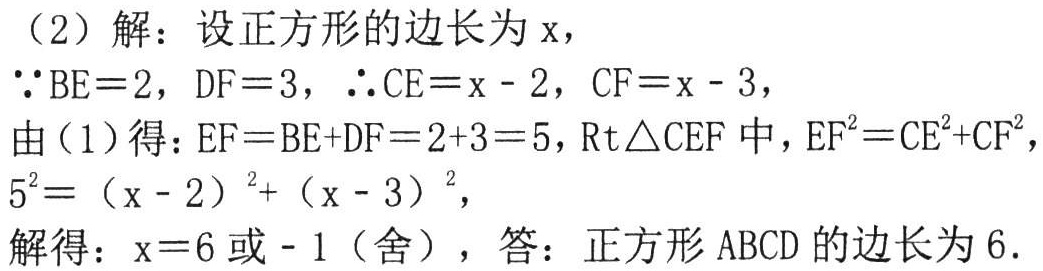
（2）解：设正方形的边长为\(x\)，
\(\because BE = 2\)，\(DF = 3\)，\(\therefore CE=x - 2\)，\(CF=x - 3\)，
由（1）得：\(EF=BE + DF=2 + 3 = 5\)，\(Rt\triangle CEF\)中，\(EF^{2}=CE^{2}+CF^{2}\)，
\(5^{2}=(x - 2)^{2}+(x - 3)^{2}\)，
解得：\(x = 6\)或\(-1\)（舍），答：正方形\(ABCD\)的边长为\(6\).